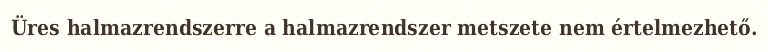
Üres halmazrendszerre a halmazrendszer metszete nem értelmezhető.